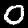
Digit: 0